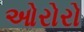
ઓરોરો